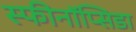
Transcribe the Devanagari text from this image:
स्फीनॉप्सिडा